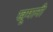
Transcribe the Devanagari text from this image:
खूमानी